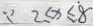
\because 2 \leq x \leq 8